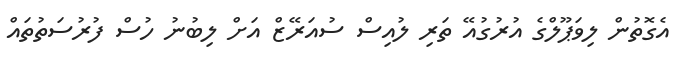
އެގޮތުން ލިވަޕޫލްގެ އުރުގުއޭ ތަރި ލުއިސް ސުއަރޭޒް އަށް ލިބުނު ހުސް ފުރުސަތުތައް